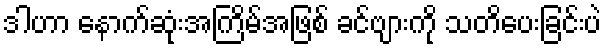
ဒါဟာ နောက်ဆုံးအကြိမ်အဖြစ် ခင်ဗျားကို သတိပေးခြင်းပဲ